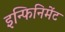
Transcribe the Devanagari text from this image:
इन्फिनिमेंट